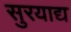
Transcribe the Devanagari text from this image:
सुरयाद्य